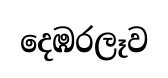
දෙඹරලෑව